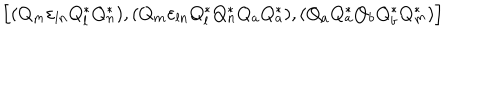
\Bigr [ ( Q _ { m } { \varepsilon } _ { l n } Q _ { l } ^ { * } Q _ { n } ^ { * } ) , ( Q _ { m } { \varepsilon } _ { l n } Q _ { l } ^ { * } Q _ { n } ^ { * } Q _ { a } Q _ { a } ^ { * } ) , ( Q _ { a } Q _ { a } ^ { * } Q _ { b } Q _ { b } ^ { * } Q _ { m } ^ { * } ) \Bigl ]